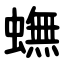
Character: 蟱